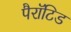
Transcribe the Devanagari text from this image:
पैरॉटिड